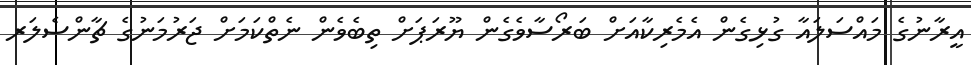
އީރާނުގެ މައްސަލައާ ގުޅިގެން އެމެރިކާއަށް ބަރޯސާވެގެން ޔޫރަޕަށް ތިބެވެން ނެތްކަމަށް ޖަރުމަނުގެ ޗާންސެލަރ